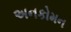
અનકોમન